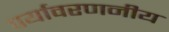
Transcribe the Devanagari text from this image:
पर्यावरणनीय